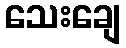
သေးချေ